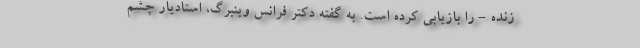
زنده - را بازیابی کرده است. به گفته دکتر فرانس وینبرگ، استادیار چشم